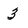
Character: 3